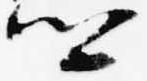
卿